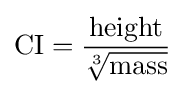
{\text{CI}}={\frac {\mathrm {height} }{\sqrt[{3}]{\mathrm {mass} }}}